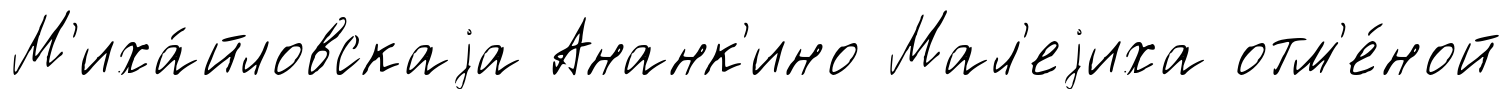
М'иха́йловскаjа Ананк'ино Мал'еjиха отм'е́ной